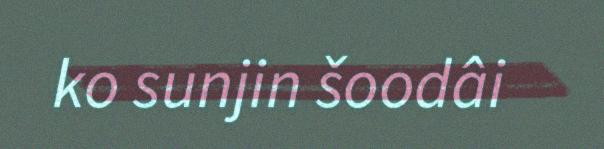
ko sunjin šoodâi